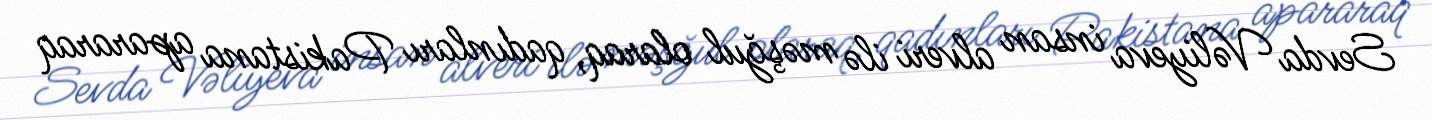
Sevda Vəliyeva insan alveri ilə məşğul olaraq, qadınları Pakistana apararaq